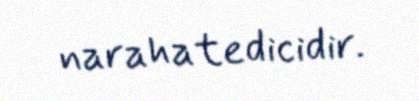
narahatedicidir.